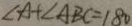
\angle A + \angle A B C = 1 8 0